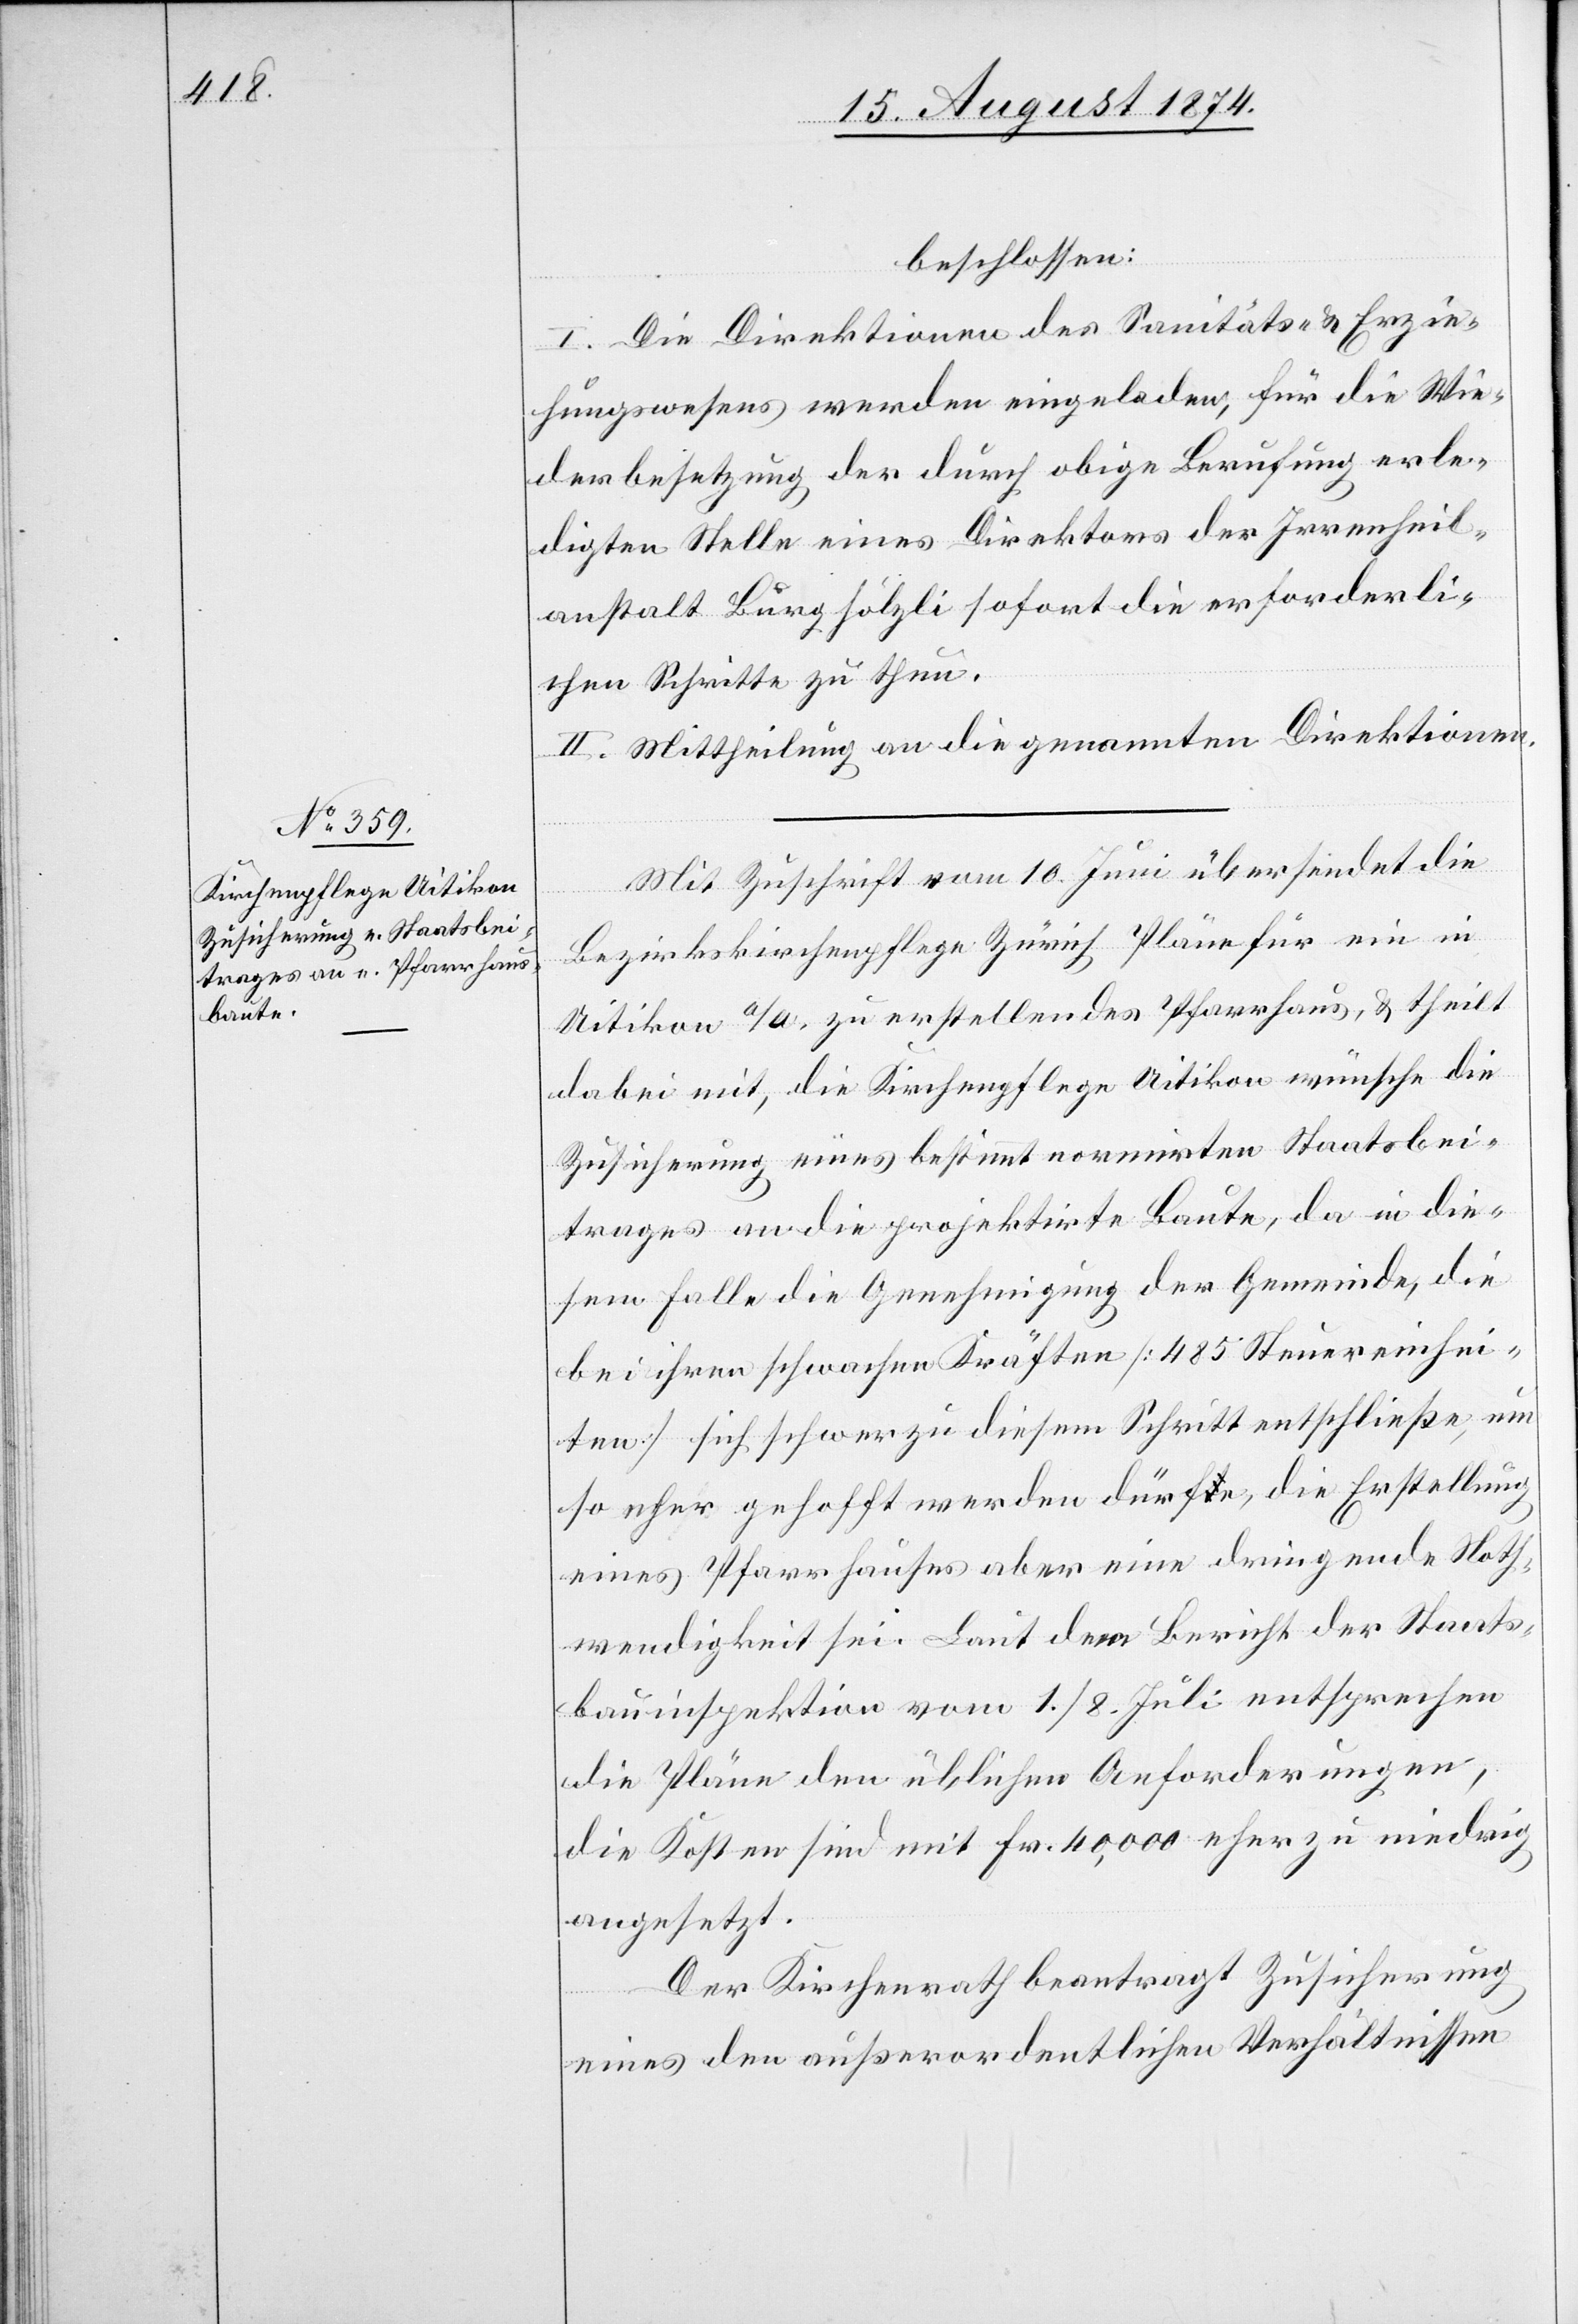
beschlossen:
I. Die Direktionen des Sanitäts- u. Erzie¬
hungswesens werden eingeladen, für die Wie¬
derbesetzung der durch obige Berufung erle¬
digten Stelle eines Direktors der Irrenheil¬
anstalt Burghölzli sofort die erforderli¬
chen Schritte zu thun.
II. Mittheilung an die genannten Direktionen.
Mit Zuschrift vom 10. Juni übersiedelt die
Bezirkskirchenpflege Zürich Pläne für ein in
Uitikon a/A. zu erstellendes Pfarrhaus, u. theilt
dabei mit, die Kirchenpflege Uitikon wünsche die
Zusicherung eines bestimmt normirten Staatsbei¬
trages an die projektirte Baute, da in die¬
sem Falle die Genehmigung der Gemeinde, die
bei ihren schwachen Kräften [485 Steuereinhei¬
ten] sich schwer zu diesem Schritt entschließe, um
so eher gehofft werden dürfe, die Erstellung
eines Pfarrhauses aber eine dringende Noth¬
wendigkeit sei. Laut dem Bericht der Staats¬
bauinspektion vom 1./8. Juli entsprechen
die Pläne den üblichen Anforderungen,
die Kosten sind mit Fr. 40,000 eher zu niedrig
angesetzt.
Der Kirchenrath beantragt Zusicherung
eines den außerordentlichen Verhältnissen